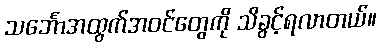
သင်္ဘောအထွက်အဝင်တွေကို သိခွင့်ရလာတယ်။